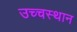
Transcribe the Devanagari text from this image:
उच्चस्थान